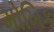
મોખિક